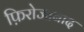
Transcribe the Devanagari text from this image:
फ़िरोजाबाद